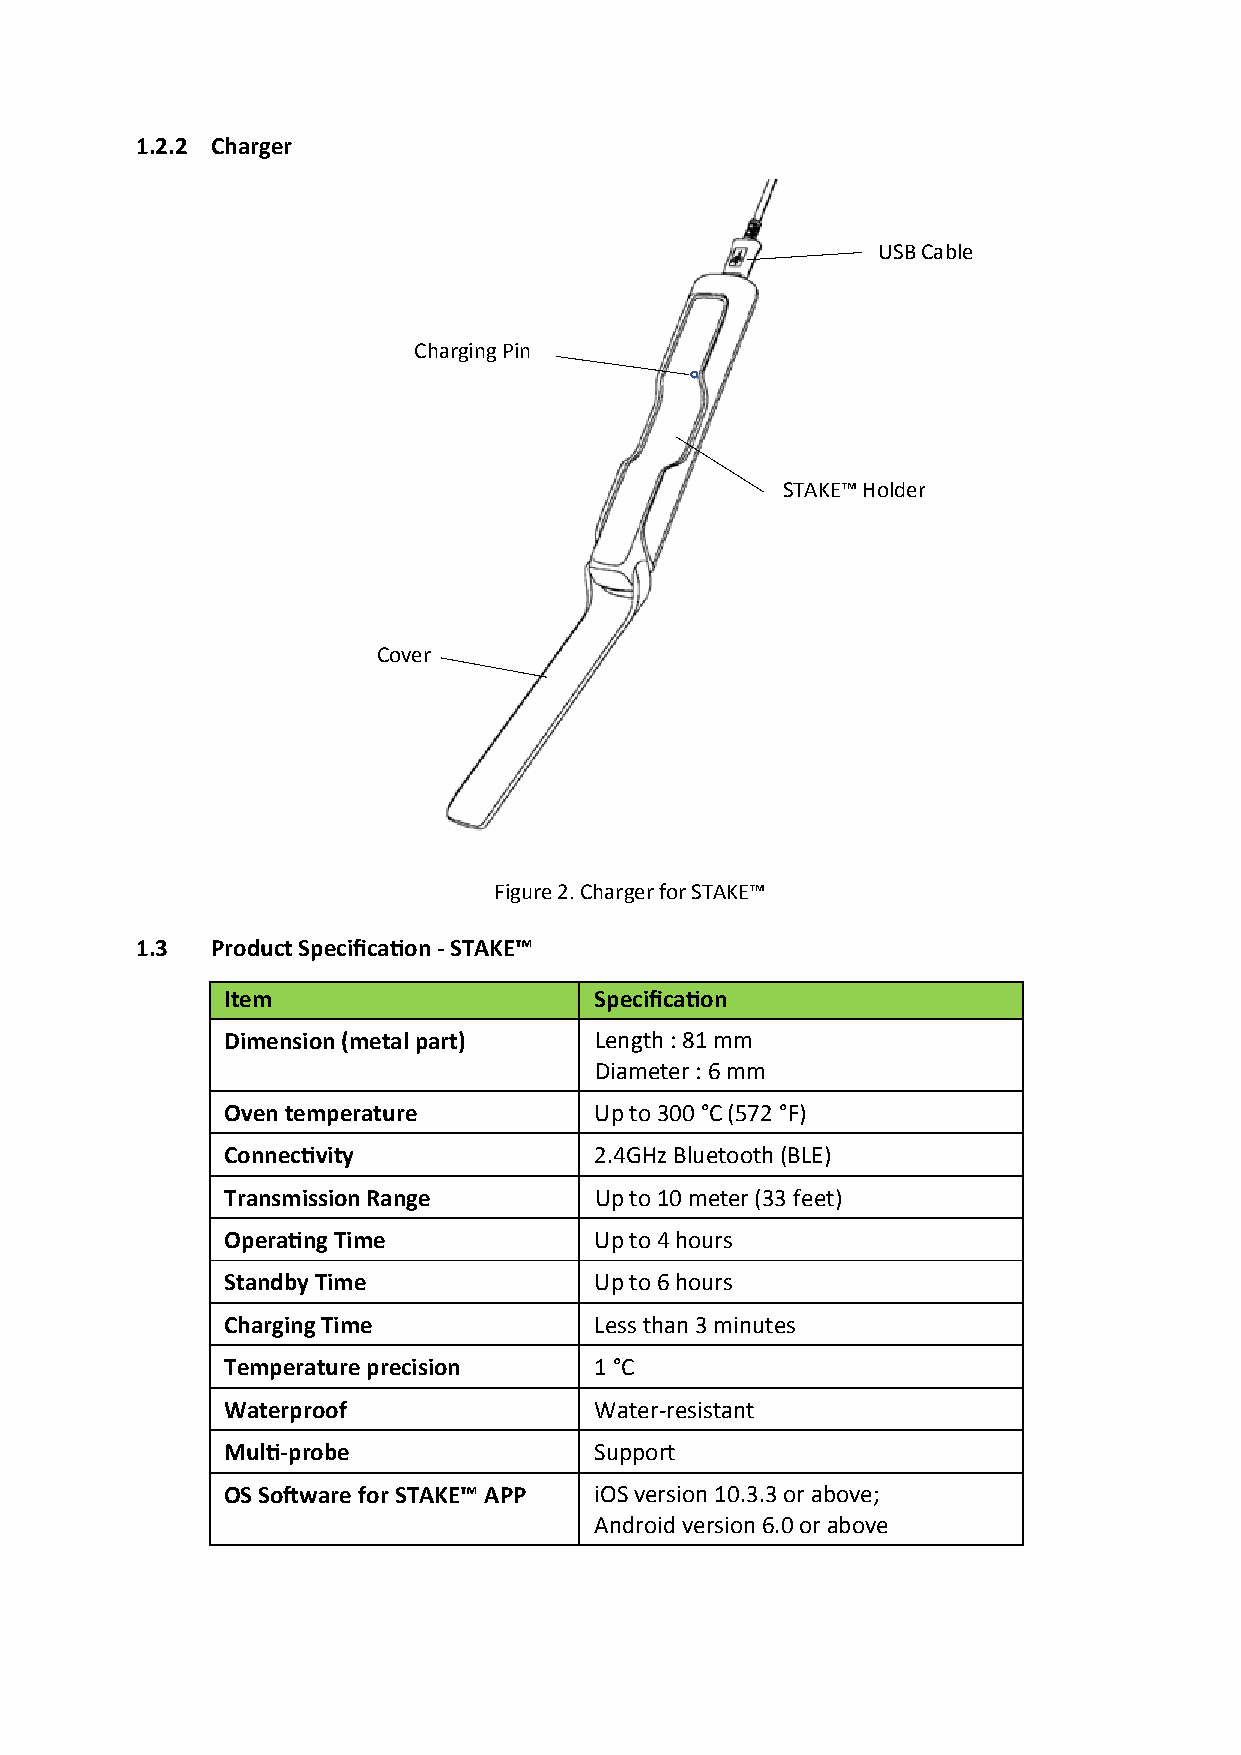
1.2.2 Charger
 USB Cable
 Charging Pin
 STAKE™ Holder
 Cover
 Figure 2. Charger for STAKE™
 1.3  Product Specification-STAKE™
 Item                    Specification
 Dimension (metal part)  Length : 81 mm
 Diameter : 6 mm
 Oven temperature        Up to 300 °C (572 °F)
 Connectivity            2.4GHz Bluetooth (BLE)
 Transmission Range      Up to 10 meter (33 feet)
 Operating Time          Up to 4 hours
 Standby Time            Up to 6 hours
 Charging Time           Less than 3 minutes
 Temperature precision   1 °C
 Waterproof              Water-resistant
 Multi-probe             Support
 OS Software for STAKE™ APP iOS version 10.3.3 or above;
 Androidversion6.0 or above